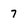
Character: 7